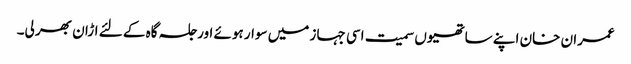
عمران خان اپنے ساتھیوں سمیت اسی جہاز میں سوار ہوئے اور جلسہ گاہ کے لئے اڑان بھر لی۔